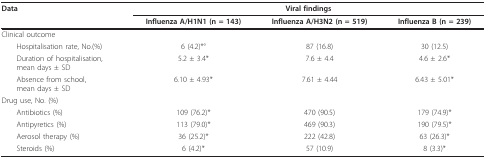
<table><thead><tr><td><b>Data</b></td><td colspan="3"><b>Viral findings</b></td></tr><tr><td></td><td><b>Influenza A/H1N1 (n = 143)</b></td><td><b>Influenza A/H3N2 (n = 519)</b></td><td><b>Influenza B (n = 239)</b></td></tr></thead><tbody><tr><td>Clinical outcome</td><td></td><td></td><td></td></tr><tr><td> Hospitalisation rate, No.(%)</td><td>6 (4.2)*°</td><td>87 (16.8)</td><td>30 (12.5)</td></tr><tr><td> Duration of hospitalisation,mean days ± SD</td><td>5.2 ± 3.4*</td><td>7.6 ± 4.4</td><td>4.6 ± 2.6*</td></tr><tr><td> Absence from school,mean days ± SD</td><td>6.10 ± 4.93*</td><td>7.61 ± 4.44</td><td>6.43 ± 5.01*</td></tr><tr><td>Drug use, No. (%)</td><td></td><td></td><td></td></tr><tr><td> Antibiotics (%)</td><td>109 (76.2)*</td><td>470 (90.5)</td><td>179 (74.9)*</td></tr><tr><td> Antipyretics (%)</td><td>113 (79.0)*</td><td>469 (90.3)</td><td>190 (79.5)*</td></tr><tr><td> Aerosol therapy (%)</td><td>36 (25.2)*</td><td>222 (42.8)</td><td>63 (26.3)*</td></tr><tr><td> Steroids (%)</td><td>6 (4.2)*</td><td>57 (10.9)</td><td>8 (3.3)*</td></tr></tbody></table>